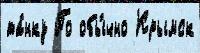
та́нку По обы́чно Крымск